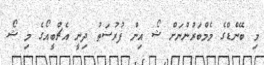
މި ބޭންޑްގެ މެމްބަރުންނަށް ޝޯ އިން ފުރުސަތު ދިނީ އެޗްބީއޯގެ މި ޝޯ